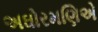
અઘોરમણિએ